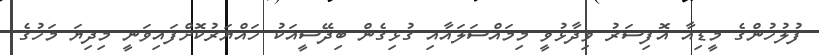
ފުލުހުންގެ މީޑިއާ އޮފިސަރު ވިދާޅުވީ މިމައްސަލައާއި ގުޅިގެން ބިދޭސީއަކު ހައްޔަރުކޮށްފައިވަނީ މިދިޔަ މަހުގެ